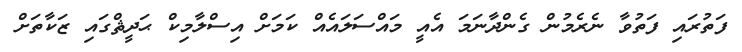
ފަތުރައި ފަތުވާ ނެރެމުން ގެންދާނަމަ އެއީ މައްސަލައެއް ކަަމަށް އިސްލާމިކް ޙަދީޘްގައި ޒަކާތަށް